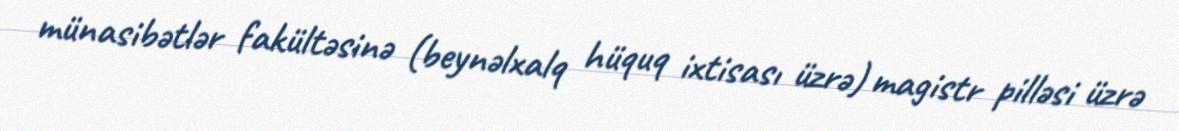
münasibətlər fakültəsinə (beynəlxalq hüquq ixtisası üzrə) magistr pilləsi üzrə